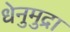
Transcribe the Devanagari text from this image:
धेनुमुद्रा